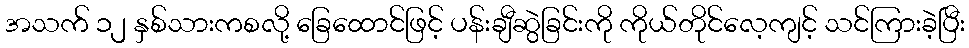
အသက် ၁၂ နှစ်သားကစလို့ ခြေထောင်ဖြင့် ပန်းချီဆွဲခြင်းကို ကိုယ်တိုင်လေ့ကျင့် သင်ကြားခဲ့ပြီး